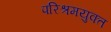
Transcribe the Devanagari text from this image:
परिश्रमयुक्त